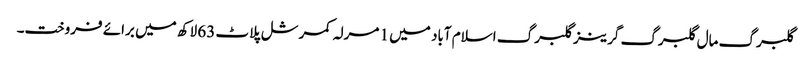
گلبرگ مال گلبرگ گرینز گلبرگ اسلام آباد میں 1 مرلہ کمرشل پلاٹ 63 لاکھ میں برائے فروخت۔